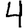
Digit: 4